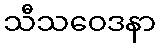
သီသဝေဒနာ